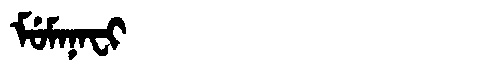
Manchu: ᠮᡠᠮᠠᠨᠠᠸᡳ
Romanization: MUMANAFI